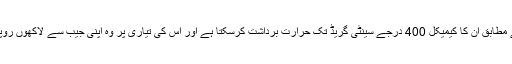
ڈاکٹر الماس احمد کے مطابق ان کا کیمیکل 400 درجے سینٹی گریڈ تک حرارت برداشت کرسکتا ہے اور اس کی تیاری پر وہ اپنی جیب سے لاکھوں روپے خرچ کرچکی ہیں۔